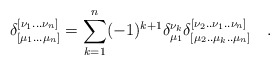
\begin{align*}\delta^{[\nu_1...\nu_n]}_{[\mu_1...\mu_n]}=\sum_{k=1}^{n}(-1)^{k+1}\delta ^{\nu_k}_{\mu_1}\delta^{[\nu_2..\nu_1..\nu_n]}_{[\mu_2..\mu_k..\mu_n]}~~~.\end{align*}